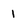
Character: I